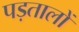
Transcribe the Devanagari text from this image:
पड़तालों